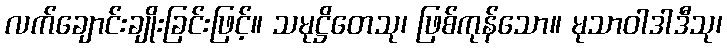
လက်ချောင်းချိုးခြင်းဖြင့်။ သမုဋ္ဌိတေသု၊ ဖြစ်ကုန်သော။ မုသာဝါဒါဒီသု၊